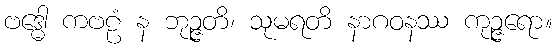
ဗဒ္ဓေါ ကဗဠံ န ဘုဉ္ဇတိ၊ သုမရတိ နာဂဝနဿ ကုဉ္ဇရော။